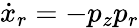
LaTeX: \dot{x}_{r}=-p_{z}p_{r}